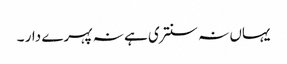
یہاں نہ سنتری ہے نہ پہرے دار ۔